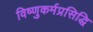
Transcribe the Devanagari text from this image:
विष्णुकर्मप्रसिद्धि